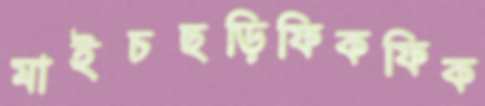
মাইচছড়িফিকফিক